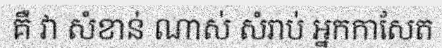
គឺ វា សំខាន់ ណាស់ សំរាប់ អ្នកកាសែត